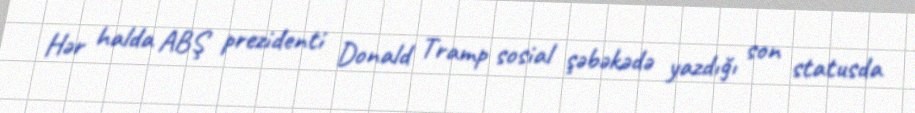
Hər halda ABŞ prezidenti Donald Tramp sosial şəbəkədə yazdığı son statusda